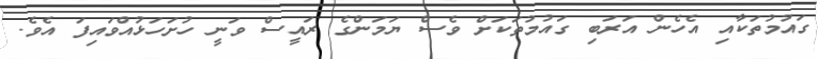
ގައުމުތަކާއި އެހެން އަރަބި ގައުމުތަކަށް ވެސް ޔަމަންގެ ރައީސް ވަނީ ހުށަހަޅުއްވައިފަ އެވެ.